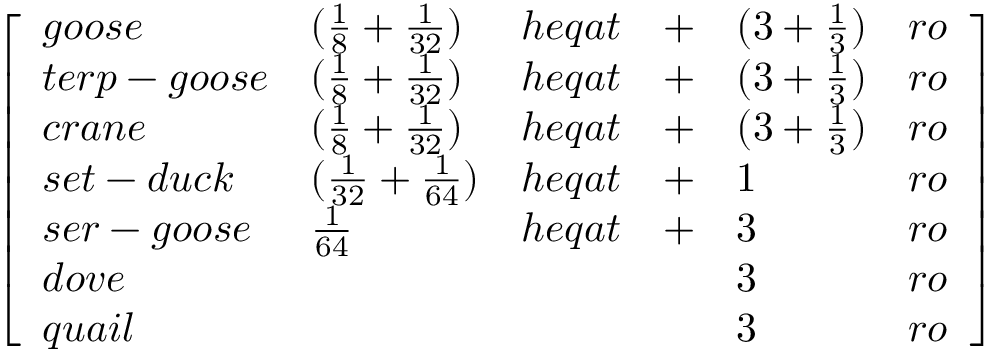
{ \left[ \begin{array} { l l l l l l } { g o o s e } & { ( { \frac { 1 } { 8 } } + { \frac { 1 } { 3 2 } } ) } & { h e q a t } & { + } & { ( 3 + { \frac { 1 } { 3 } } ) } & { r o } \\ { t e r p - g o o s e } & { ( { \frac { 1 } { 8 } } + { \frac { 1 } { 3 2 } } ) } & { h e q a t } & { + } & { ( 3 + { \frac { 1 } { 3 } } ) } & { r o } \\ { c r a n e } & { ( { \frac { 1 } { 8 } } + { \frac { 1 } { 3 2 } } ) } & { h e q a t } & { + } & { ( 3 + { \frac { 1 } { 3 } } ) } & { r o } \\ { s e t - d u c k } & { ( { \frac { 1 } { 3 2 } } + { \frac { 1 } { 6 4 } } ) } & { h e q a t } & { + } & { 1 } & { r o } \\ { s e r - g o o s e } & { { \frac { 1 } { 6 4 } } } & { h e q a t } & { + } & { 3 } & { r o } \\ { d o v e } & & & & { 3 } & { r o } \\ { q u a i l } & & & & { 3 } & { r o } \end{array} \right] }